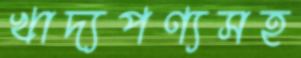
খাদ্যপণ্যসহ